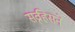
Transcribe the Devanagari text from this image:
सव्र्हिसने